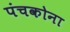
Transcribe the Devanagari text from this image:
पंचकोना